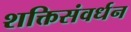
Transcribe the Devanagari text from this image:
शक्तिसंवर्धन